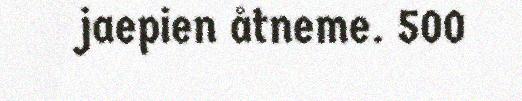
jaepien åtneme. 500